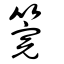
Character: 筦